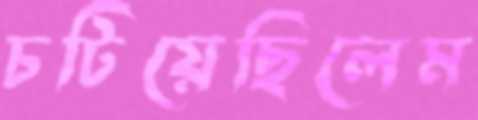
চটিয়েছিলেম